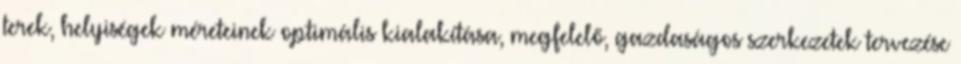
terek, helyiségek méreteinek optimális kialakítása, megfelelő, gazdaságos szerkezetek tervezése